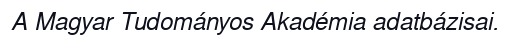
A Magyar Tudományos Akadémia adatbázisai.